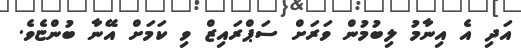
އަދި އެ އިނާމު ލިބުމުން ވަރަށް ސަޕްރައިޒް ވި ކަމަށް އޭނާ ބުންޏެވެ.